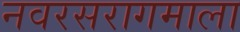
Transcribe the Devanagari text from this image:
नवरसरागमाला